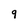
Character: 9